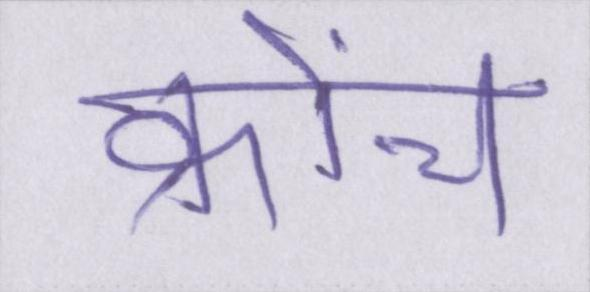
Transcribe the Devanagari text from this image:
क्रोंच